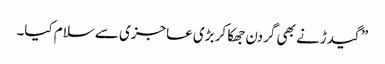
” گیدڑ نے بھی گردن جھکا کر بڑی عاجزی سے سلام کیا۔